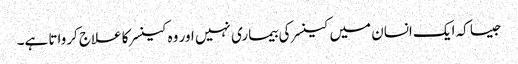
جیسا کہ ایک انسان میں کینسر کی بیماری نہیں اور وہ کینسر کا علاج کرواتا ہے۔